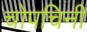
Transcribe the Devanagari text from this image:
चोपचिनी